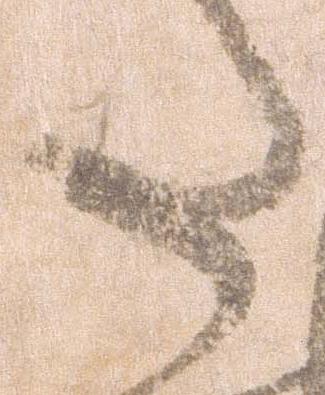
た